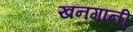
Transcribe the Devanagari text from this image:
खनगानी